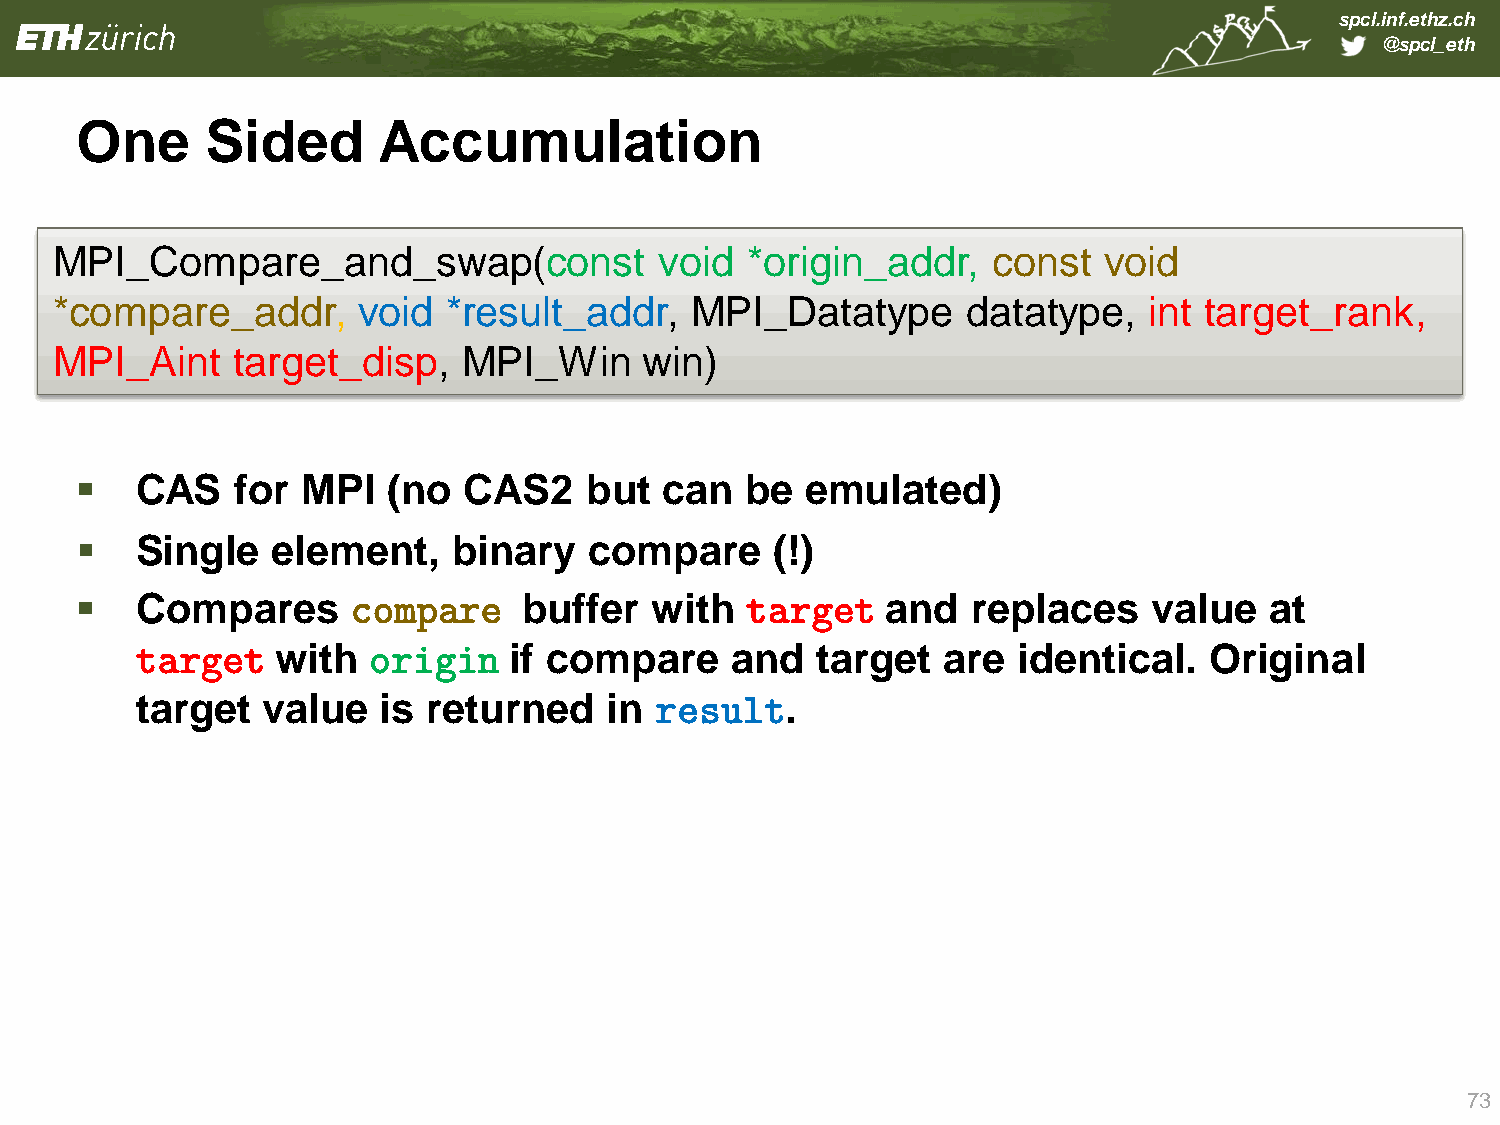
spcl.inf.ethz.ch
 @spcl_eth
 One      Sided      Accumulation
 MPI_Compare_and_swap(const               void *origin_addr,    const  void
 *com   pare_addr,    void  *result_addr,   MPI_Datatype      datatype,   int target_rank,
 MPI_Aint    target_disp,    MPI_Win     win)
    CAS    for MPI   (no  CAS2    but  can  be  emulated)
    Single   element,    binary   compare     (!)
    Compares      compare     buffer  with  target    and  replaces    value   at
 target   with  origin    if compare    and   target  are  identical.   Original
 target  value   is returned    in result.
 73